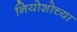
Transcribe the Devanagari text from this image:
नियोशोच्या